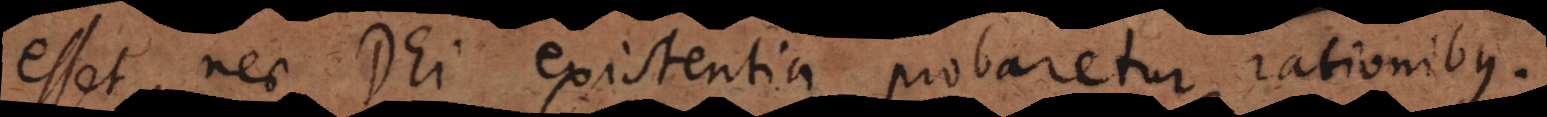
esset, nec Dei existentia probaretur rationibus.